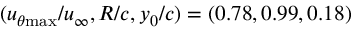
( u _ { \theta \mathrm { { m a x } } } / u _ { \infty } , R / c , y _ { 0 } / c ) = ( 0 . 7 8 , 0 . 9 9 , 0 . 1 8 )